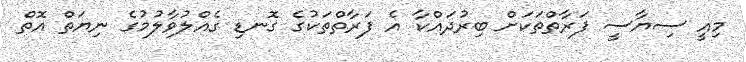
މިއީ ސިޔާސީ ފަރާތްތަކަށް ބިރުދައްކާ އެ ފަރާތްތަކުގެ ގޮނޑި ގެއްލުވާލުމުގެ ނިޔަތް އޮތް